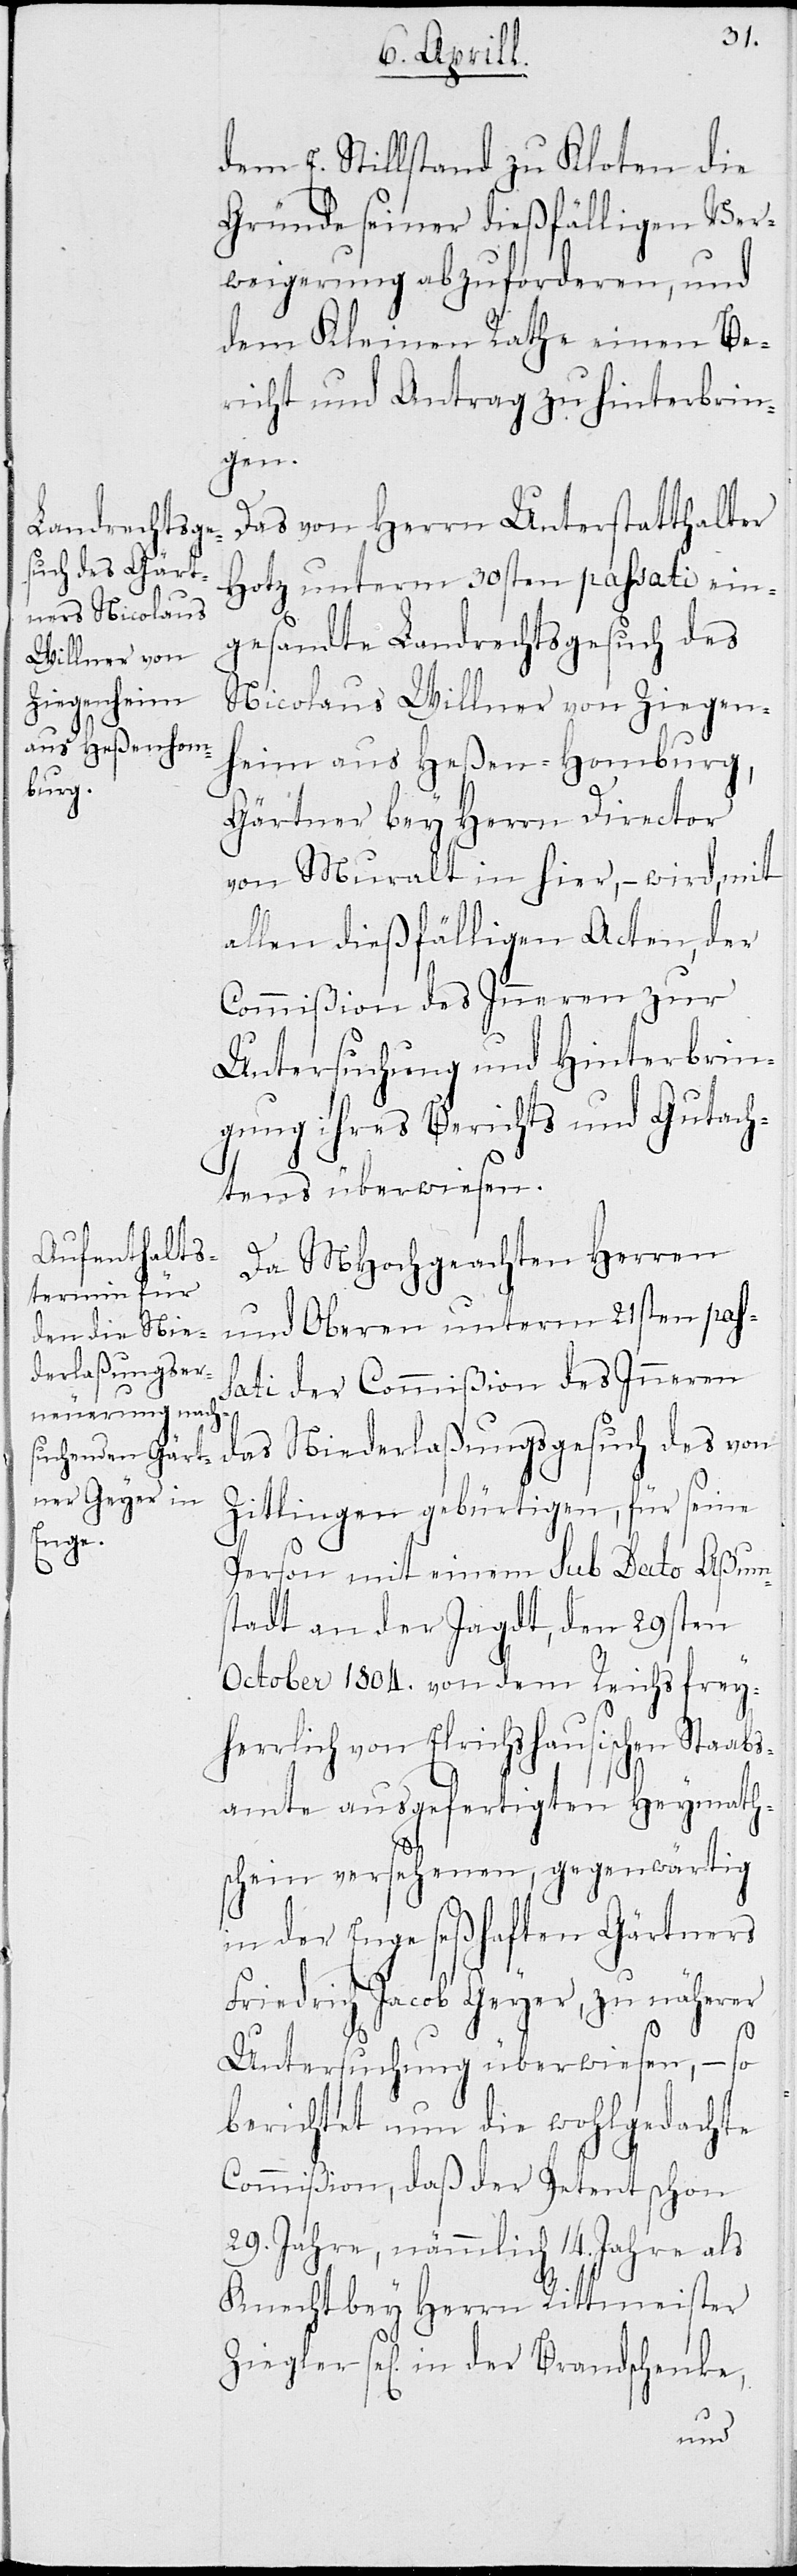
dem E. Stillstand zu Kloten die
Gründe seiner dießfälligen Ver¬
weigerung abzuforderen, und
dem Kleinen Rathe einen Be¬
richt und Antrag zu hinterbrin¬
gen.
Das von Herrn Bezirksstatthalter
Hotz unterm 30sten passati ein¬
gesandte Landrechtsgesuch des
Nicolaus Willner von Ziegen¬
heim aus Heßen-Homburg,
Gärtner bey Herrn Director
von Muralt in hier, – wird, mit
allen dießfälligen Acten, der
Commißion des Inneren zur
Untersuchung und Hinterbrin¬
gung ihres Berichts und Gutach¬
tens überwiesen.
Da MHochgeachten HHerren
und Oberen unterm 21sten pas¬
sati der Commißion des Inneren
das Niederlaßungsgesuch des von
Zitlingen gebürtigen, für seine
Person mit einem sub Dato Aßum¬
stadt an der Jagdt, den 29sten
October 1804. von dem Reichs frey¬
herrlich von Elrichshausischen Staats¬
amte ausgefertigten Heymath¬
scheine versehenen, gegenwärtig
in der Enge seßhaften Gärtners
Friedrich Jacob Geyer, zu näherer
Untersuchung überwiesen, – so
berichtet nun die wohlgedachte
Commißion, daß der Petent schon
29. Jahre, nämmlich 14. Jahre als
Knecht bey Herrn Rittmeister
Ziegler sel. in der Brandschenke,